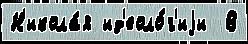
Н'икола́я ид'еоло́г'иjи  В